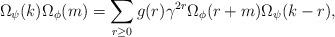
LaTeX: \begin{align*} \Omega_\psi(k)\Omega_\phi(m)= \sum_{r\geq 0}g (r)\gamma^{2r}\Omega_\phi(r+m)\Omega_\psi(k-r),\end{align*}